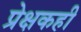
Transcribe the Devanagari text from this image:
प्रेक्षकही